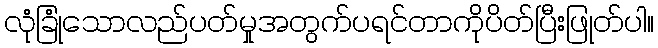
လုံခြုံသောလည်ပတ်မှုအတွက်ပရင်တာကိုပိတ်ပြီးဖြုတ်ပါ။